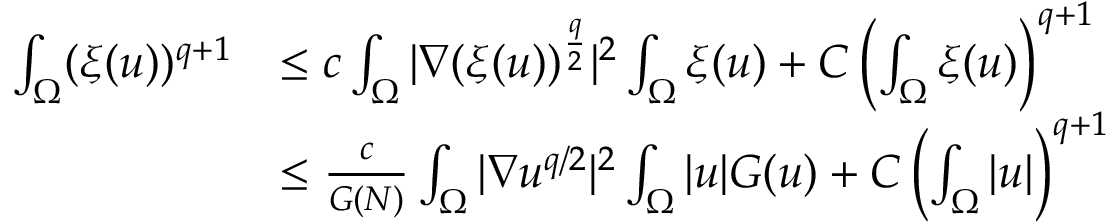
\begin{array} { r l } { \int _ { \Omega } ( \xi ( u ) ) ^ { q + 1 } } & { \leq c \int _ { \Omega } | \nabla ( \xi ( u ) ) ^ { \frac { q } { 2 } } | ^ { 2 } \int _ { \Omega } \xi ( u ) + C \left( \int _ { \Omega } \xi ( u ) \right) ^ { q + 1 } } \\ & { \leq \frac { c } { G ( N ) } \int _ { \Omega } | \nabla u ^ { q / 2 } | ^ { 2 } \int _ { \Omega } | u | G ( u ) + C \left( \int _ { \Omega } | u | \right) ^ { q + 1 } } \end{array}